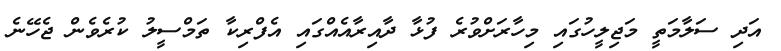
އަދި ސަލާމަތީ މަޖިލީހުގައި މިހާރަށްވުރެ ފުޅާ ދާއިރާއެއްގައި އެފްރިކާ ތަމްސީލު ކުރެވެން ޖެހޭނެ